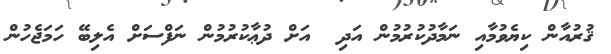
ޤުރުއާން ކިޔެވުމާއި ނަމާދުކުރުމުން އަދި  އަށް ދުޢާކުރުމުން ނަފްސަށް އެލިބޭ ހަމަޖެހުން